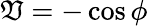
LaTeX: \mathfrak{V}=-\cos\phi